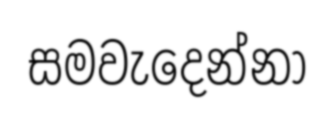
සමවැදෙන්නා